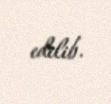
edilib.